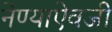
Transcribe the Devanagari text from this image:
नेण्याऐवजी